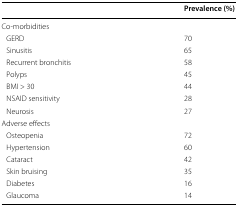
<table><thead><tr><td></td><td><b>Prevalence (%)</b></td></tr></thead><tbody><tr><td colspan="2">Co-morbidities</td></tr><tr><td> GERD</td><td>70</td></tr><tr><td> Sinusitis</td><td>65</td></tr><tr><td> Recurrent bronchitis</td><td>58</td></tr><tr><td> Polyps</td><td>45</td></tr><tr><td> BMI &gt; 30</td><td>44</td></tr><tr><td> NSAID sensitivity</td><td>28</td></tr><tr><td> Neurosis</td><td>27</td></tr><tr><td colspan="2">Adverse effects</td></tr><tr><td> Osteopenia</td><td>72</td></tr><tr><td> Hypertension</td><td>60</td></tr><tr><td> Cataract</td><td>42</td></tr><tr><td> Skin bruising</td><td>35</td></tr><tr><td> Diabetes</td><td>16</td></tr><tr><td> Glaucoma</td><td>14</td></tr></tbody></table>